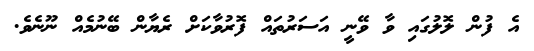
އެ ފުން ލޮލުގައި ވާ ވޭނީ އަސަރުތައް ފޮރުވާކަށް ރެޔާން ބޭނުމެއް ނޫނެވެ.